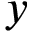
y